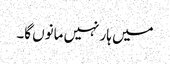
میں ہار نہیں مانوں گا۔